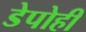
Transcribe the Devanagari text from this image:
डेपोही